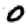
Digit: 0